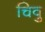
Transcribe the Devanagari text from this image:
चिवु